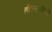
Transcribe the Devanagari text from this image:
हॉटेल्सभोवती